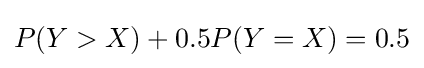
P(Y>X)+0.5P(Y=X)=0.5